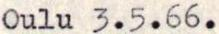
Oulu 3.5.66.